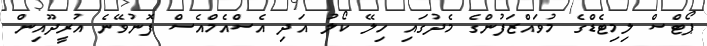
ޕޯޓްސް ލިމިޓެޑްގެ މުވައްޒަފުންގެ މެދުގައި ހިލޭ ކޯލު އަދި އެސްއެމްއެސް ފޮނުވޭނެ އުރީދޫއިން